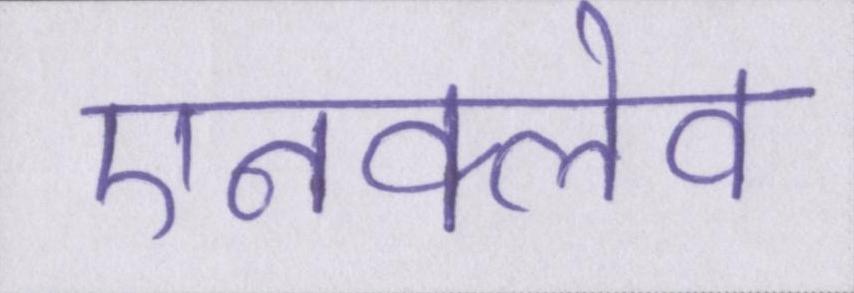
एनक्लेव